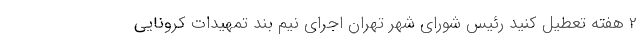
2 هفته تعطیل کنید رئیس شورای شهر تهران اجرای نیم بند تمهیدات کرونایی